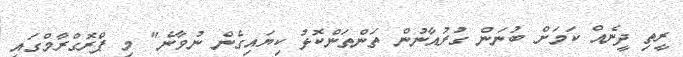
ރީތި ދީނެއް ކަމަށް ބުނަން ގުރުއާނުން ތަންތަންކޮޅު ކިޔައިގެން ނުވާނެ" މި ޕްރޮގްރާމްގައި